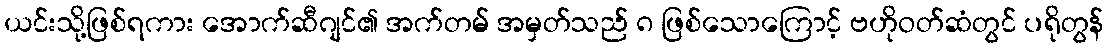
ယင်းသို့ဖြစ်ရကား အောက်ဆီဂျင်၏ အက်တမ် အမှတ်သည် ၈ ဖြစ်သောကြောင့် ဗဟိုဝတ်ဆံတွင် ပရိုတွန်